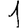
Digit: 1